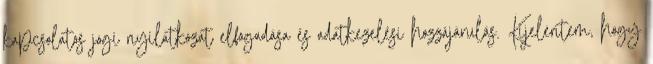
kapcsolatos jogi nyilatkozat elfogadása és adatkezelési hozzájárulás. Kijelentem, hogy